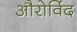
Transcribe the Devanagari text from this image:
औरोविंद